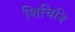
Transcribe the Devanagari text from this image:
शिचिजि